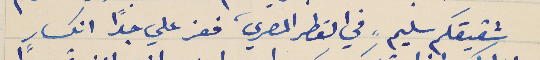
شقيقكم سليم، في القطر المصري، فعز علي جدًا انكسار